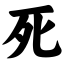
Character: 死